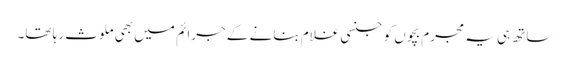
ساتھ ہی یہ مجرم بچوں کو جنسی غلام بنانے کے جرائم میں بھی ملوث رہا تھا۔